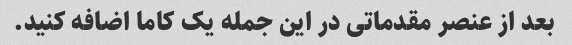
بعد از عنصر مقدماتی در این جمله یک کاما اضافه کنید.